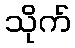
သိုက်